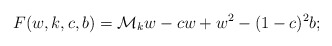
\begin{align*}F(w,k,c,b)=\mathcal{M}_k w-cw+w^2-(1-c)^2b;\end{align*}